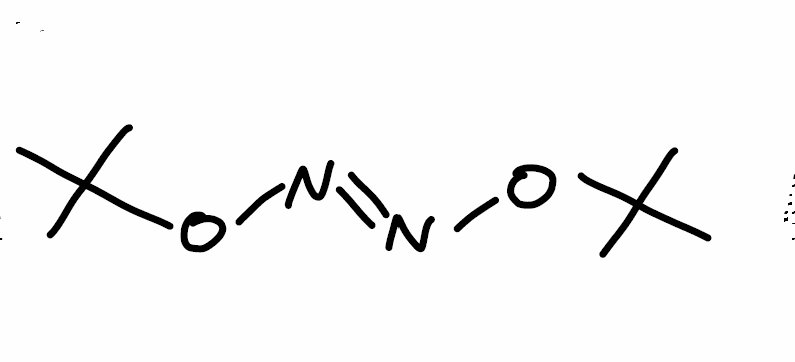
Simplified molecular-input line-entry system (SMILES) notation of the given molecule:
CC(C)(C)O/N=N/OC(C)(C)C